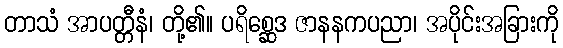
တာသံ အာပတ္တီနံ၊ တို့၏။ ပရိစ္ဆေဒ ဇာနနကပညာ၊ အပိုင်းအခြားကို